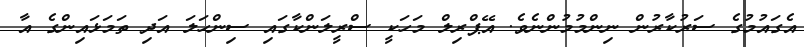
އެގައުމުގެ ސަރުކާރުން ނިންމުމުންނެވެ. އޭޕްރިލް މަހަކީ ސްރީލަންކާގައި ސިންހަލަ އަދި ތަމަޅައިންގެ އާ